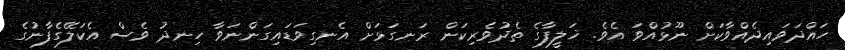
ހައްދަވައިދެއްވާކަށް ނޫޅުއްވަ އެވެ. ޚަލީފާގެ ތެދުވެރިކަން ރަނގަޅަށް އެނގިވަޑައިގަންނަވާ ހިނދު ވެސް އެކަލޭގެފާނުގެ